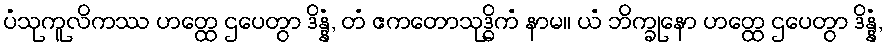
ပံသုကူလိကဿ ဟတ္ထေ ဌပေတွာ ဒိန္နံ, တံ ဧကတောသုဒ္ဓိကံ နာမ။ ယံ ဘိက္ခုနော ဟတ္ထေ ဌပေတွာ ဒိန္နံ,